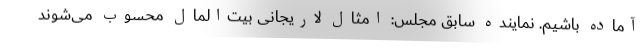
آماده باشیم. نماینده سابق مجلس: امثال لاریجانی بیت‌المال محسوب می‌شوند